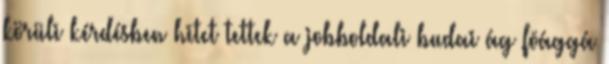
körüli kérdésben hitet tettek a jobboldali budai ág fõággá